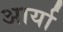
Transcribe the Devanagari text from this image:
अार्या